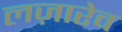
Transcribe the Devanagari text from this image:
लज़ारेव